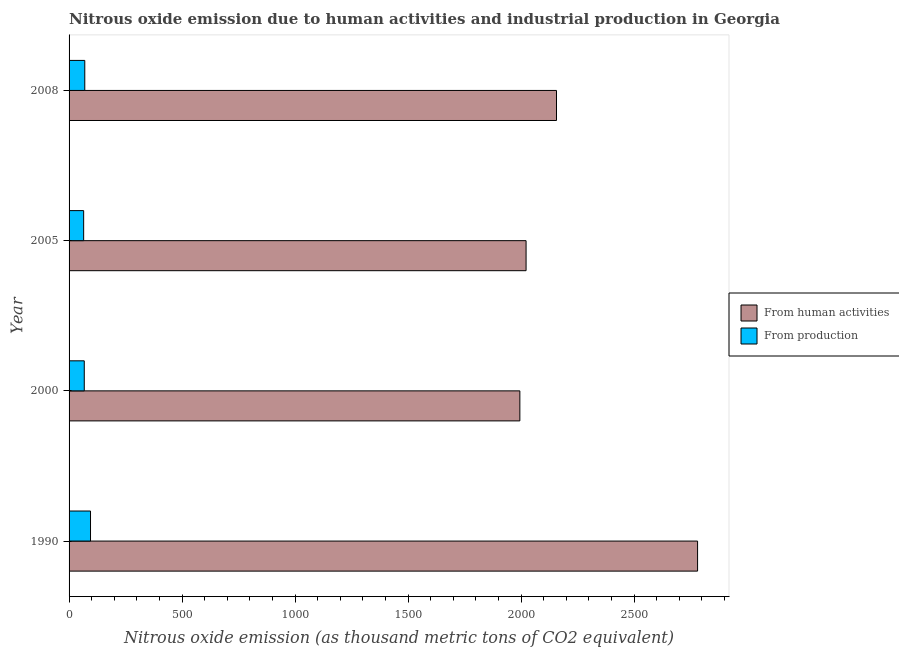
| Year | From human activities | From production |
 | --- | --- | --- |
 | 1990 | 2.78e+03 | 94.9 |
 | 2000 | 1.99e+03 | 67.2 |
 | 2005 | 2.02e+03 | 64.5 |
 | 2008 | 2.16e+03 | 69.5 |